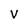
Character: V